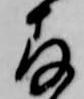
存